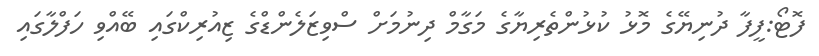
ފޮޓޯ:ފީފާ ދުނިޔޭގެ މޮޅު ކުޅުންތެރިޔާގެ މަގާމް ދިނުމަށް ސްވިޒަލެންޑްގެ ޒިއުރިކްގައި ބޭއްވި ހަފްލާގައި